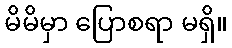
မိမိမှာ ပြောစရာ မရှိ။